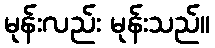
မုန်းလည်း မုန်းသည်။